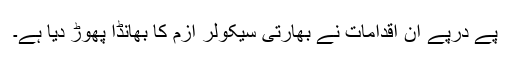
پے درپے ان اقدامات نے بھارتی سیکولر ازم کا بھانڈا پھوڑ دیا ہے۔